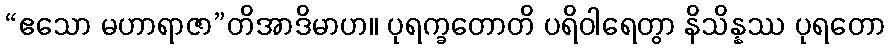
“ဧသော မဟာရာဇာ”တိအာဒိမာဟ။ ပုရက္ခတောတိ ပရိဝါရေတွာ နိသိန္နဿ ပုရတော